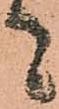
者